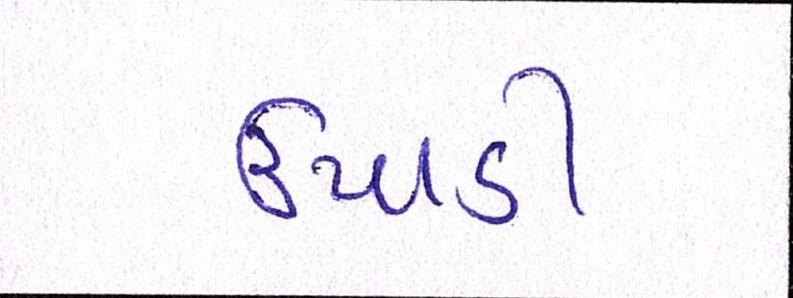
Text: ઉપાડી